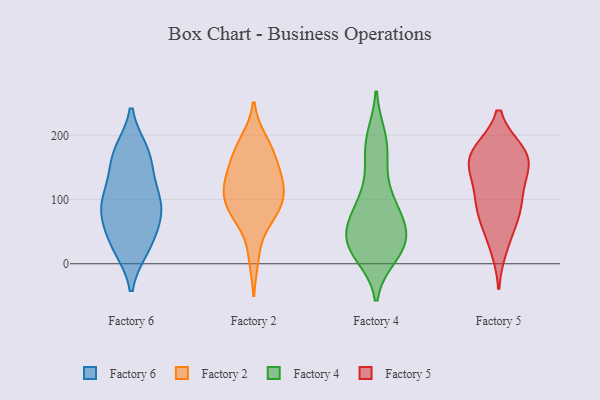
{"axis": {"x": "Satisfaction Score", "y": "Value"}, "legend": ["Factory 2", "Factory 4", "Factory 5", "Factory 6"], "data": [{"x": "", "y": 108, "type": "Factory 6"}, {"x": "", "y": 174, "type": "Factory 6"}, {"x": "", "y": 25, "type": "Factory 6"}, {"x": "", "y": 103, "type": "Factory 6"}, {"x": "", "y": 81, "type": "Factory 6"}, {"x": "", "y": 65, "type": "Factory 6"}, {"x": "", "y": 34, "type": "Factory 6"}, {"x": "", "y": 139, "type": "Factory 6"}, {"x": "", "y": 85, "type": "Factory 6"}, {"x": "", "y": 169, "type": "Factory 6"}, {"x": "", "y": 87, "type": "Factory 6"}, {"x": "", "y": 171, "type": "Factory 6"}, {"x": "", "y": 27, "type": "Factory 6"}, {"x": "", "y": 177, "type": "Factory 2"}, {"x": "", "y": 83, "type": "Factory 2"}, {"x": "", "y": 121, "type": "Factory 2"}, {"x": "", "y": 190, "type": "Factory 2"}, {"x": "", "y": 11, "type": "Factory 2"}, {"x": "", "y": 141, "type": "Factory 2"}, {"x": "", "y": 116, "type": "Factory 2"}, {"x": "", "y": 76, "type": "Factory 2"}, {"x": "", "y": 77, "type": "Factory 2"}, {"x": "", "y": 123, "type": "Factory 2"}, {"x": "", "y": 178, "type": "Factory 2"}, {"x": "", "y": 114, "type": "Factory 2"}, {"x": "", "y": 86, "type": "Factory 2"}, {"x": "", "y": 153, "type": "Factory 2"}, {"x": "", "y": 80, "type": "Factory 4"}, {"x": "", "y": 61, "type": "Factory 4"}, {"x": "", "y": 23, "type": "Factory 4"}, {"x": "", "y": 160, "type": "Factory 4"}, {"x": "", "y": 35, "type": "Factory 4"}, {"x": "", "y": 15, "type": "Factory 4"}, {"x": "", "y": 46, "type": "Factory 4"}, {"x": "", "y": 49, "type": "Factory 4"}, {"x": "", "y": 80, "type": "Factory 4"}, {"x": "", "y": 24, "type": "Factory 4"}, {"x": "", "y": 196, "type": "Factory 4"}, {"x": "", "y": 90, "type": "Factory 4"}, {"x": "", "y": 122, "type": "Factory 4"}, {"x": "", "y": 191, "type": "Factory 4"}, {"x": "", "y": 22, "type": "Factory 4"}, {"x": "", "y": 32, "type": "Factory 4"}, {"x": "", "y": 88, "type": "Factory 4"}, {"x": "", "y": 182, "type": "Factory 4"}, {"x": "", "y": 31, "type": "Factory 4"}, {"x": "", "y": 93, "type": "Factory 5"}, {"x": "", "y": 91, "type": "Factory 5"}, {"x": "", "y": 26, "type": "Factory 5"}, {"x": "", "y": 169, "type": "Factory 5"}, {"x": "", "y": 84, "type": "Factory 5"}, {"x": "", "y": 174, "type": "Factory 5"}, {"x": "", "y": 149, "type": "Factory 5"}, {"x": "", "y": 149, "type": "Factory 5"}, {"x": "", "y": 173, "type": "Factory 5"}, {"x": "", "y": 170, "type": "Factory 5"}, {"x": "", "y": 123, "type": "Factory 5"}, {"x": "", "y": 58, "type": "Factory 5"}]}